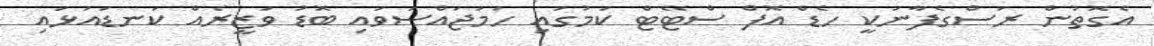
އެގޮތުން ރަސްގެފާނަކީ ހެޑް އޮފް ސްޓޭޓް ކަމުގައި ހަމަޖައްސަވައި ބޮޑު ވަޒީރެއް ކަނޑައަޅައި